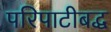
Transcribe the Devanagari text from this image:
परिपाटीबद्ध